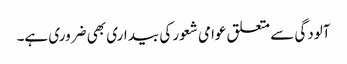
آلودگی سے متعلق عوامی شعور کی بیداری بھی ضروری ہے۔